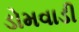
ડોમવાડી